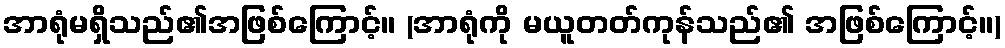
အာရုံမရှိသည်၏အဖြစ်ကြောင့်။ (အာရုံကို မယူတတ်ကုန်သည်၏ အဖြစ်ကြောင့်။)